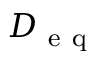
D _ { \mathrm { ~ e ~ q ~ } }